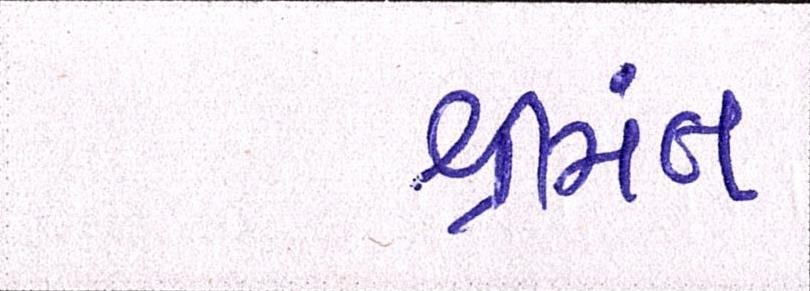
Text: શ્રીમંત